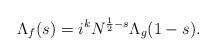
LaTeX: \begin{align*}\Lambda_f(s)=i^kN^{\frac12-s}\Lambda_g(1-s).\end{align*}